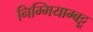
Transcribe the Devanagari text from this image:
निम्मियाम्बट्टू